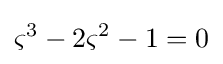
\varsigma ^{3}-2\varsigma ^{2}-1=0